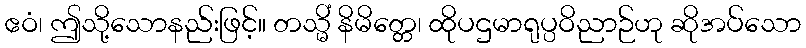
ဧဝံ၊ ဤသို့သောနည်းဖြင့်။ တသ္မိံ နိမိတ္တေ၊ ထိုပဌမာရုပ္ပဝိညာဉ်ဟု ဆိုအပ်သော